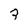
Character: 3